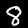
Label: 8